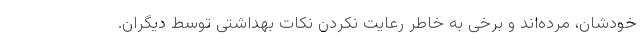
خودشان، مُرده‌اند و برخی به خاطر رعایت نکردن نکات بهداشتی توسط دیگران.